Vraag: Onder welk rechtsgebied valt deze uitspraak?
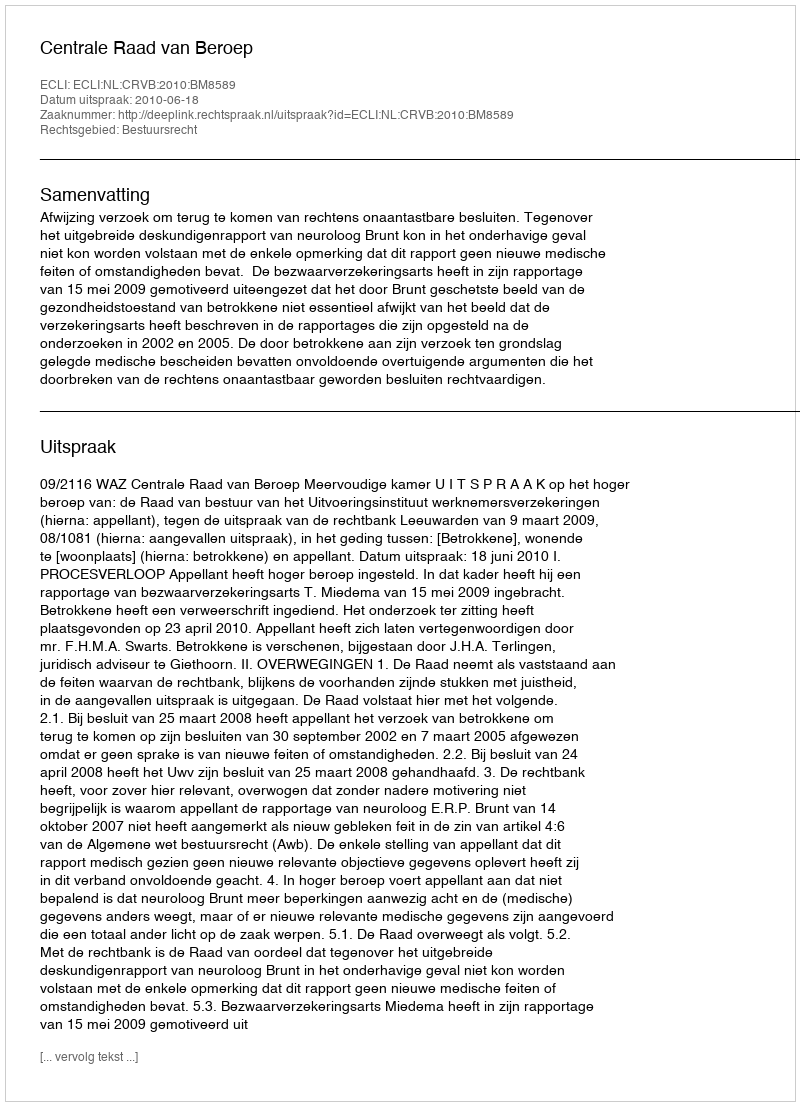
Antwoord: Bestuursrecht